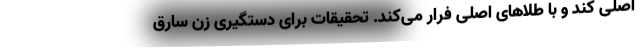
اصلی کند و با طلا‌های اصلی فرار می‌کند. تحقیقات برای دستگیری زن سارق